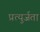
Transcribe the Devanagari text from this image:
प्रत्युर्जता